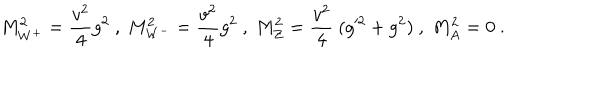
LaTeX: M _ { W ^ { + } } ^ { 2 } = { \frac { v ^ { 2 } } { 4 } } g ^ { 2 } ~ , ~ M _ { W ^ { - } } ^ { 2 } = { \frac { v ^ { 2 } } { 4 } } g ^ { 2 } ~ , ~ M _ { Z } ^ { 2 } = { \frac { v ^ { 2 } } { 4 } } ~ ( g ^ { \prime 2 } + g ^ { 2 } ) ~ , ~ M _ { A } ^ { 2 } = 0 \ .